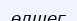
өлшег